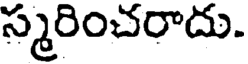
స్మరించరాదు.